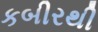
કબીરથી